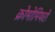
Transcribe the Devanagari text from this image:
क्रोमोमियरों